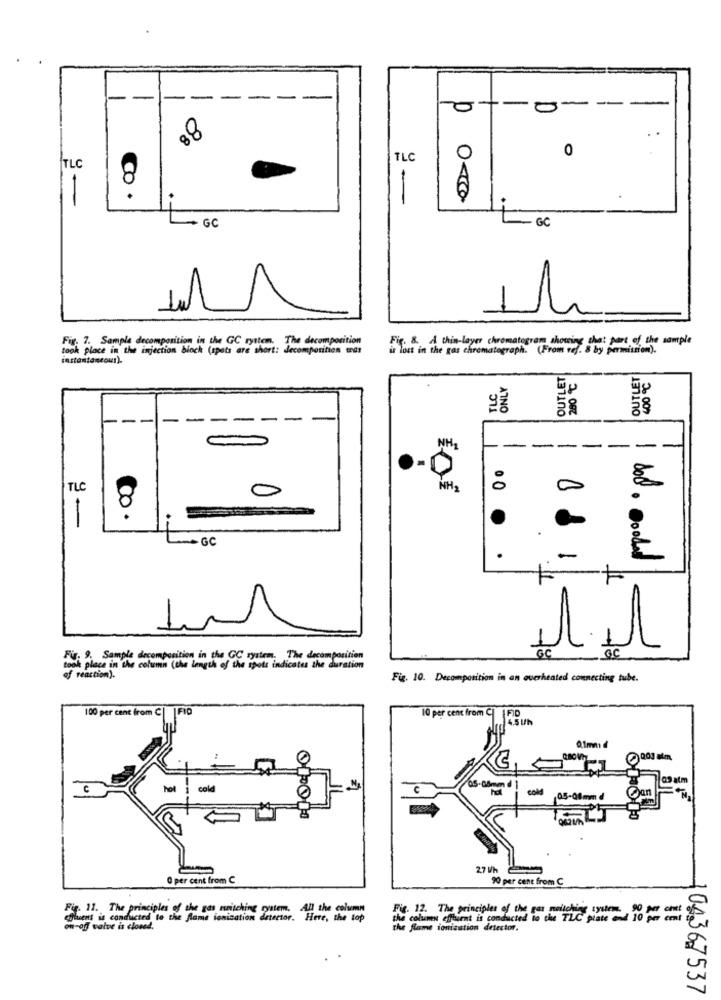
-
-
---
--
. .
08
0
0
TLC
TLC
A
GC
+
- GC
Fix. 7. Sample decomposition in the GC ryttem. The decomporition
Fig. 8. A thin-layer chromatogram showing that part of the sample
took place in the injection block (spats are short: decomposition mas
is lost in the gas chromatograph. (From ref. 8 by permission).
instantaneous).
OUTLET
OUTLET
ONLY
-
-
-
-
NH
--
.
TLC
0
00
dod
9-
· GC
0C
Für. 2. Sample decomposition in the GC system. The decomposition
place in the column (the length of the spots indicates the duration
of reaction).
Fig. 10. Decomposition in an overheated connecting tube.
100 per cent from C | |FID
10 per cent from C| FID
0,1mm
09 atm
hot
31
cold
Pan
05-06mmd
27 W/h
O per cent from C
90 per cent from C
Fig. 11. The principles of the gas mritching system. All the column
Fig. 12. The principles of the par mailching system.
Theent is conducted to
ted to the fame ionization detector. Here, the top
the column effbient is conducted to the TLC piate od 10 == =
on-off valve is closed,
the flame ionization detector.
104367537